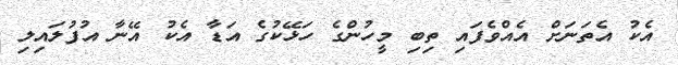
އެކު އެތަނަށް އެއްވެފައި ތިބި މީހުންގެ ހަޅޭކުގެ އަޑާ އެކު އޭނާ އުފުލައިލި